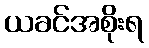
ယခင်အစိုးရ